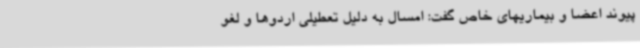
پیوند اعضا و بیماریهای خاص گفت: امسال به دلیل تعطیلی اردوها و لغو